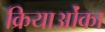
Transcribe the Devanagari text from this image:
क्रियाओंका